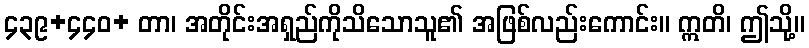
၄၃၉+၄၄၀+ တာ၊ အတိုင်းအရှည်ကိုသိသောသူ၏ အဖြစ်လည်းကောင်း။ ဣတိ၊ ဤသို့။